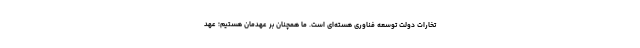
تخارات دولت توسعه فناوری هسته‌ای است. ما همچنان بر عهدمان هستیم؛ عهد